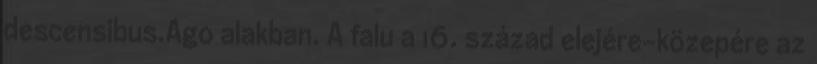
descensibus.Ago alakban. A falu a 16. század elejére-közepére az